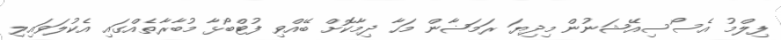
ފިލްމު އެސޯސިއޭޝަނުން މިދިޔަ ރަމަޟާން މަހާ ދިމާކޮށް ބޭއްވި ފުޓްބޯޅާ މުބާރާތެއްގައި އެކުލަވައިލި